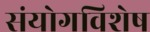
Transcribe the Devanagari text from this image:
संयोगविशेष